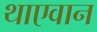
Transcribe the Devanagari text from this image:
थाएवान